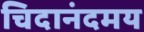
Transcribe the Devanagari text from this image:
चिदानंदमय